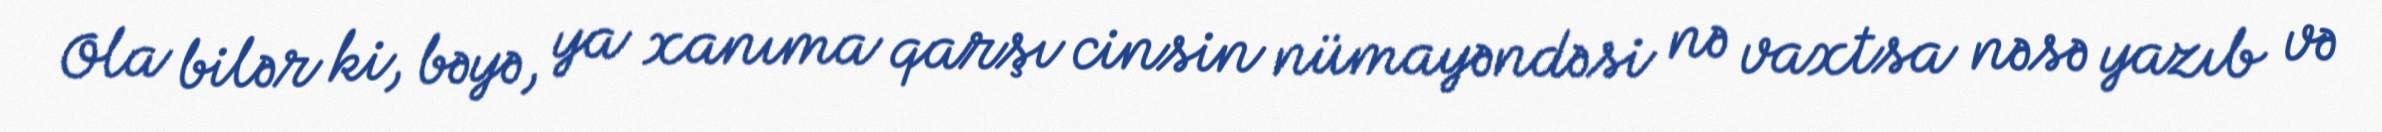
Ola bilər ki, bəyə, ya xanıma qarşı cinsin nümayəndəsi nə vaxtsa nəsə yazıb və